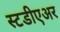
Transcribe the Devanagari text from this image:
स्टडीएअर